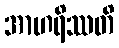
အာဟရိဿတိ